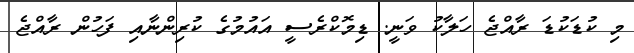
މި ކުޑަކުޑަ ރާއްޖެ ހަލާކު ވަނީ. ޑިމޮކްރެސީ އައުމުގެ ކުރިންނާއި ފަހުން ރާއްޖެ